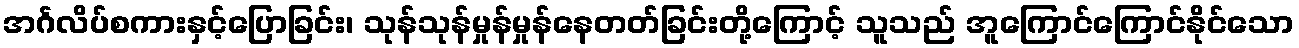
အင်္ဂလိပ်စကားနှင့်ပြောခြင်း၊ သုန်သုန်မှုန်မှုန်နေတတ်ခြင်းတို့ကြောင့် သူသည် အူကြောင်ကြောင်နိုင်သော